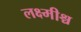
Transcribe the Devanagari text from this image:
लक्ष्मीश्च